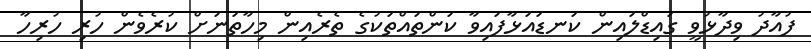
ފުއާދު ވިދާޅުވީ ގައިޑްލައިން ކަނޑައަޅާފައިވާ ކަންތައްތަކުގެ ތެރެއިން މިހާތަނަށް ކުރެވެން ހުރި ހުރިހާ